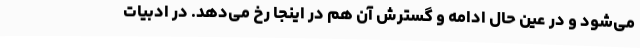
می‌شود و در عین حال ادامه و گسترش آن هم در اینجا رخ می‌دهد. در ادبیات